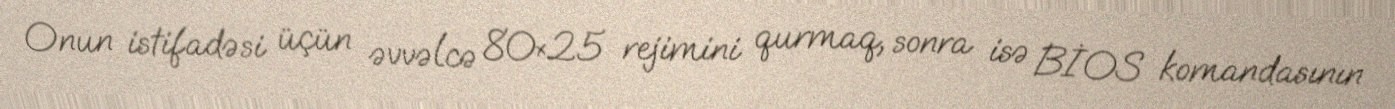
Onun istifadəsi üçün əvvəlcə 80×25 rejimini qurmaq, sonra isə BİOS komandasının